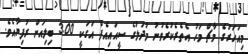
މިއަހަރުގެ މާޗް މަހު އެތެރެކުރެވުނު މުދަލުގެ ސީއައިއެފް އަގަކީ 3.00 ބިލިއަން ރުފިޔާއެވެ.